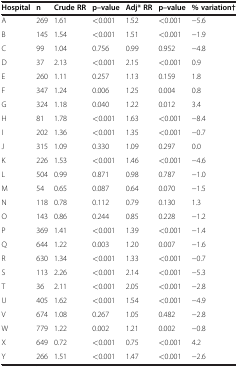
<table><thead><tr><td><b>Hospital</b></td><td><b>n</b></td><td><b>Crude RR</b></td><td><b>p–value</b></td><td><b>Adj* RR</b></td><td><b>p–value</b></td><td><b>% variation†</b></td></tr></thead><tbody><tr><td>A</td><td>269</td><td>1.61</td><td>&lt;0.001</td><td>1.52</td><td>&lt;0.001</td><td>−5.6</td></tr><tr><td>B</td><td>145</td><td>1.54</td><td>&lt;0.001</td><td>1.51</td><td>&lt;0.001</td><td>−1.9</td></tr><tr><td>C</td><td>99</td><td>1.04</td><td>0.756</td><td>0.99</td><td>0.952</td><td>−4.8</td></tr><tr><td>D</td><td>37</td><td>2.13</td><td>&lt;0.001</td><td>2.15</td><td>&lt;0.001</td><td>0.9</td></tr><tr><td>E</td><td>260</td><td>1.11</td><td>0.257</td><td>1.13</td><td>0.159</td><td>1.8</td></tr><tr><td>F</td><td>347</td><td>1.24</td><td>0.006</td><td>1.25</td><td>0.004</td><td>0.8</td></tr><tr><td>G</td><td>324</td><td>1.18</td><td>0.040</td><td>1.22</td><td>0.012</td><td>3.4</td></tr><tr><td>H</td><td>81</td><td>1.78</td><td>&lt;0.001</td><td>1.63</td><td>&lt;0.001</td><td>−8.4</td></tr><tr><td>I</td><td>202</td><td>1.36</td><td>&lt;0.001</td><td>1.35</td><td>&lt;0.001</td><td>−0.7</td></tr><tr><td>J</td><td>315</td><td>1.09</td><td>0.330</td><td>1.09</td><td>0.297</td><td>0.0</td></tr><tr><td>K</td><td>226</td><td>1.53</td><td>&lt;0.001</td><td>1.46</td><td>&lt;0.001</td><td>−4.6</td></tr><tr><td>L</td><td>504</td><td>0.99</td><td>0.871</td><td>0.98</td><td>0.787</td><td>−1.0</td></tr><tr><td>M</td><td>54</td><td>0.65</td><td>0.087</td><td>0.64</td><td>0.070</td><td>−1.5</td></tr><tr><td>N</td><td>118</td><td>0.78</td><td>0.112</td><td>0.79</td><td>0.130</td><td>1.3</td></tr><tr><td>O</td><td>143</td><td>0.86</td><td>0.244</td><td>0.85</td><td>0.228</td><td>−1.2</td></tr><tr><td>P</td><td>369</td><td>1.41</td><td>&lt;0.001</td><td>1.39</td><td>&lt;0.001</td><td>−1.4</td></tr><tr><td>Q</td><td>644</td><td>1.22</td><td>0.003</td><td>1.20</td><td>0.007</td><td>−1.6</td></tr><tr><td>R</td><td>630</td><td>1.34</td><td>&lt;0.001</td><td>1.33</td><td>&lt;0.001</td><td>−0.7</td></tr><tr><td>S</td><td>113</td><td>2.26</td><td>&lt;0.001</td><td>2.14</td><td>&lt;0.001</td><td>−5.3</td></tr><tr><td>T</td><td>36</td><td>2.11</td><td>&lt;0.001</td><td>2.05</td><td>&lt;0.001</td><td>−2.8</td></tr><tr><td>U</td><td>405</td><td>1.62</td><td>&lt;0.001</td><td>1.54</td><td>&lt;0.001</td><td>−4.9</td></tr><tr><td>V</td><td>674</td><td>1.08</td><td>0.267</td><td>1.05</td><td>0.482</td><td>−2.8</td></tr><tr><td>W</td><td>779</td><td>1.22</td><td>0.002</td><td>1.21</td><td>0.002</td><td>−0.8</td></tr><tr><td>X</td><td>649</td><td>0.72</td><td>&lt;0.001</td><td>0.75</td><td>&lt;0.001</td><td>4.2</td></tr><tr><td>Y</td><td>266</td><td>1.51</td><td>&lt;0.001</td><td>1.47</td><td>&lt;0.001</td><td>−2.6</td></tr></tbody></table>